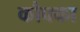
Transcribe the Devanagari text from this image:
कौफ्का